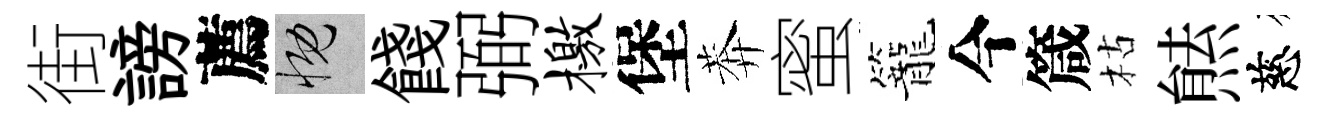
街謗薦慨餞弼檄堡莾蜜籠今箴枯㷱慈